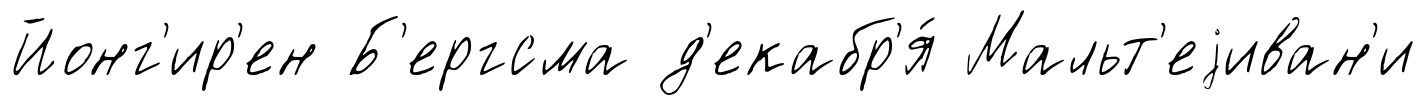
Йонг'ир'ен Б'ергсма д'екабр'я́ Мальт'еjиван'и